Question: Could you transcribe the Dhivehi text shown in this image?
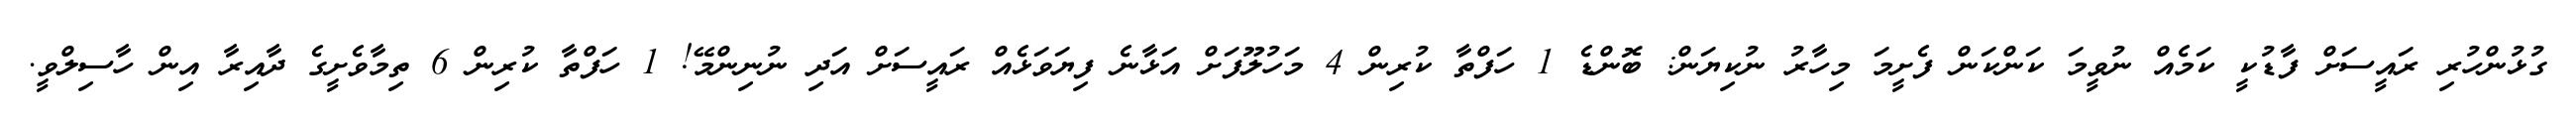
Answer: ގުޅުންހުރި ރައީސަށް ފާޑުކީ ކަމެއް ނުވީމަ ކަންކަން ފެށީމަ މިހާރު ނުކިޔަން: ބޮންޑެ 1 ހަފްތާ ކުރިން 4 މަހުލޫފަށް އަޅާނެ ފިޔަވަޅެއް ރައީސަށް އަދި ނުނިންމޭ! 1 ހަފްތާ ކުރިން 6 ތިމާވެށީގެ ދާއިރާ އިން ހާސިލްވީ.